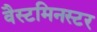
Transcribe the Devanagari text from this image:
वैस्टमिनस्टर